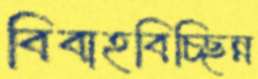
বিবাহবিচ্ছিন্ন